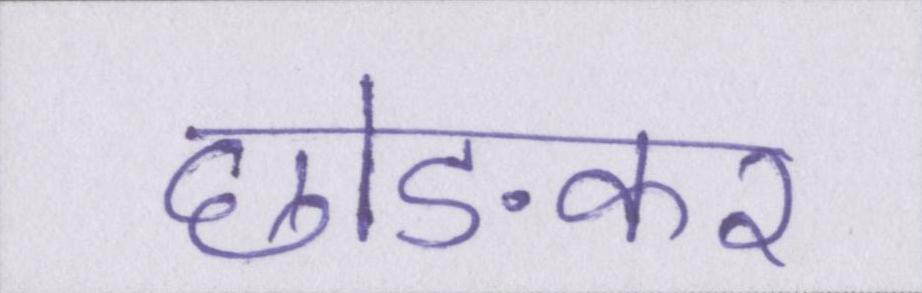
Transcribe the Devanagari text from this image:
छोङकर